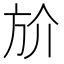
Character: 斺